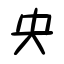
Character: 央